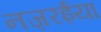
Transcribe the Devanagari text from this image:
नज़रईया